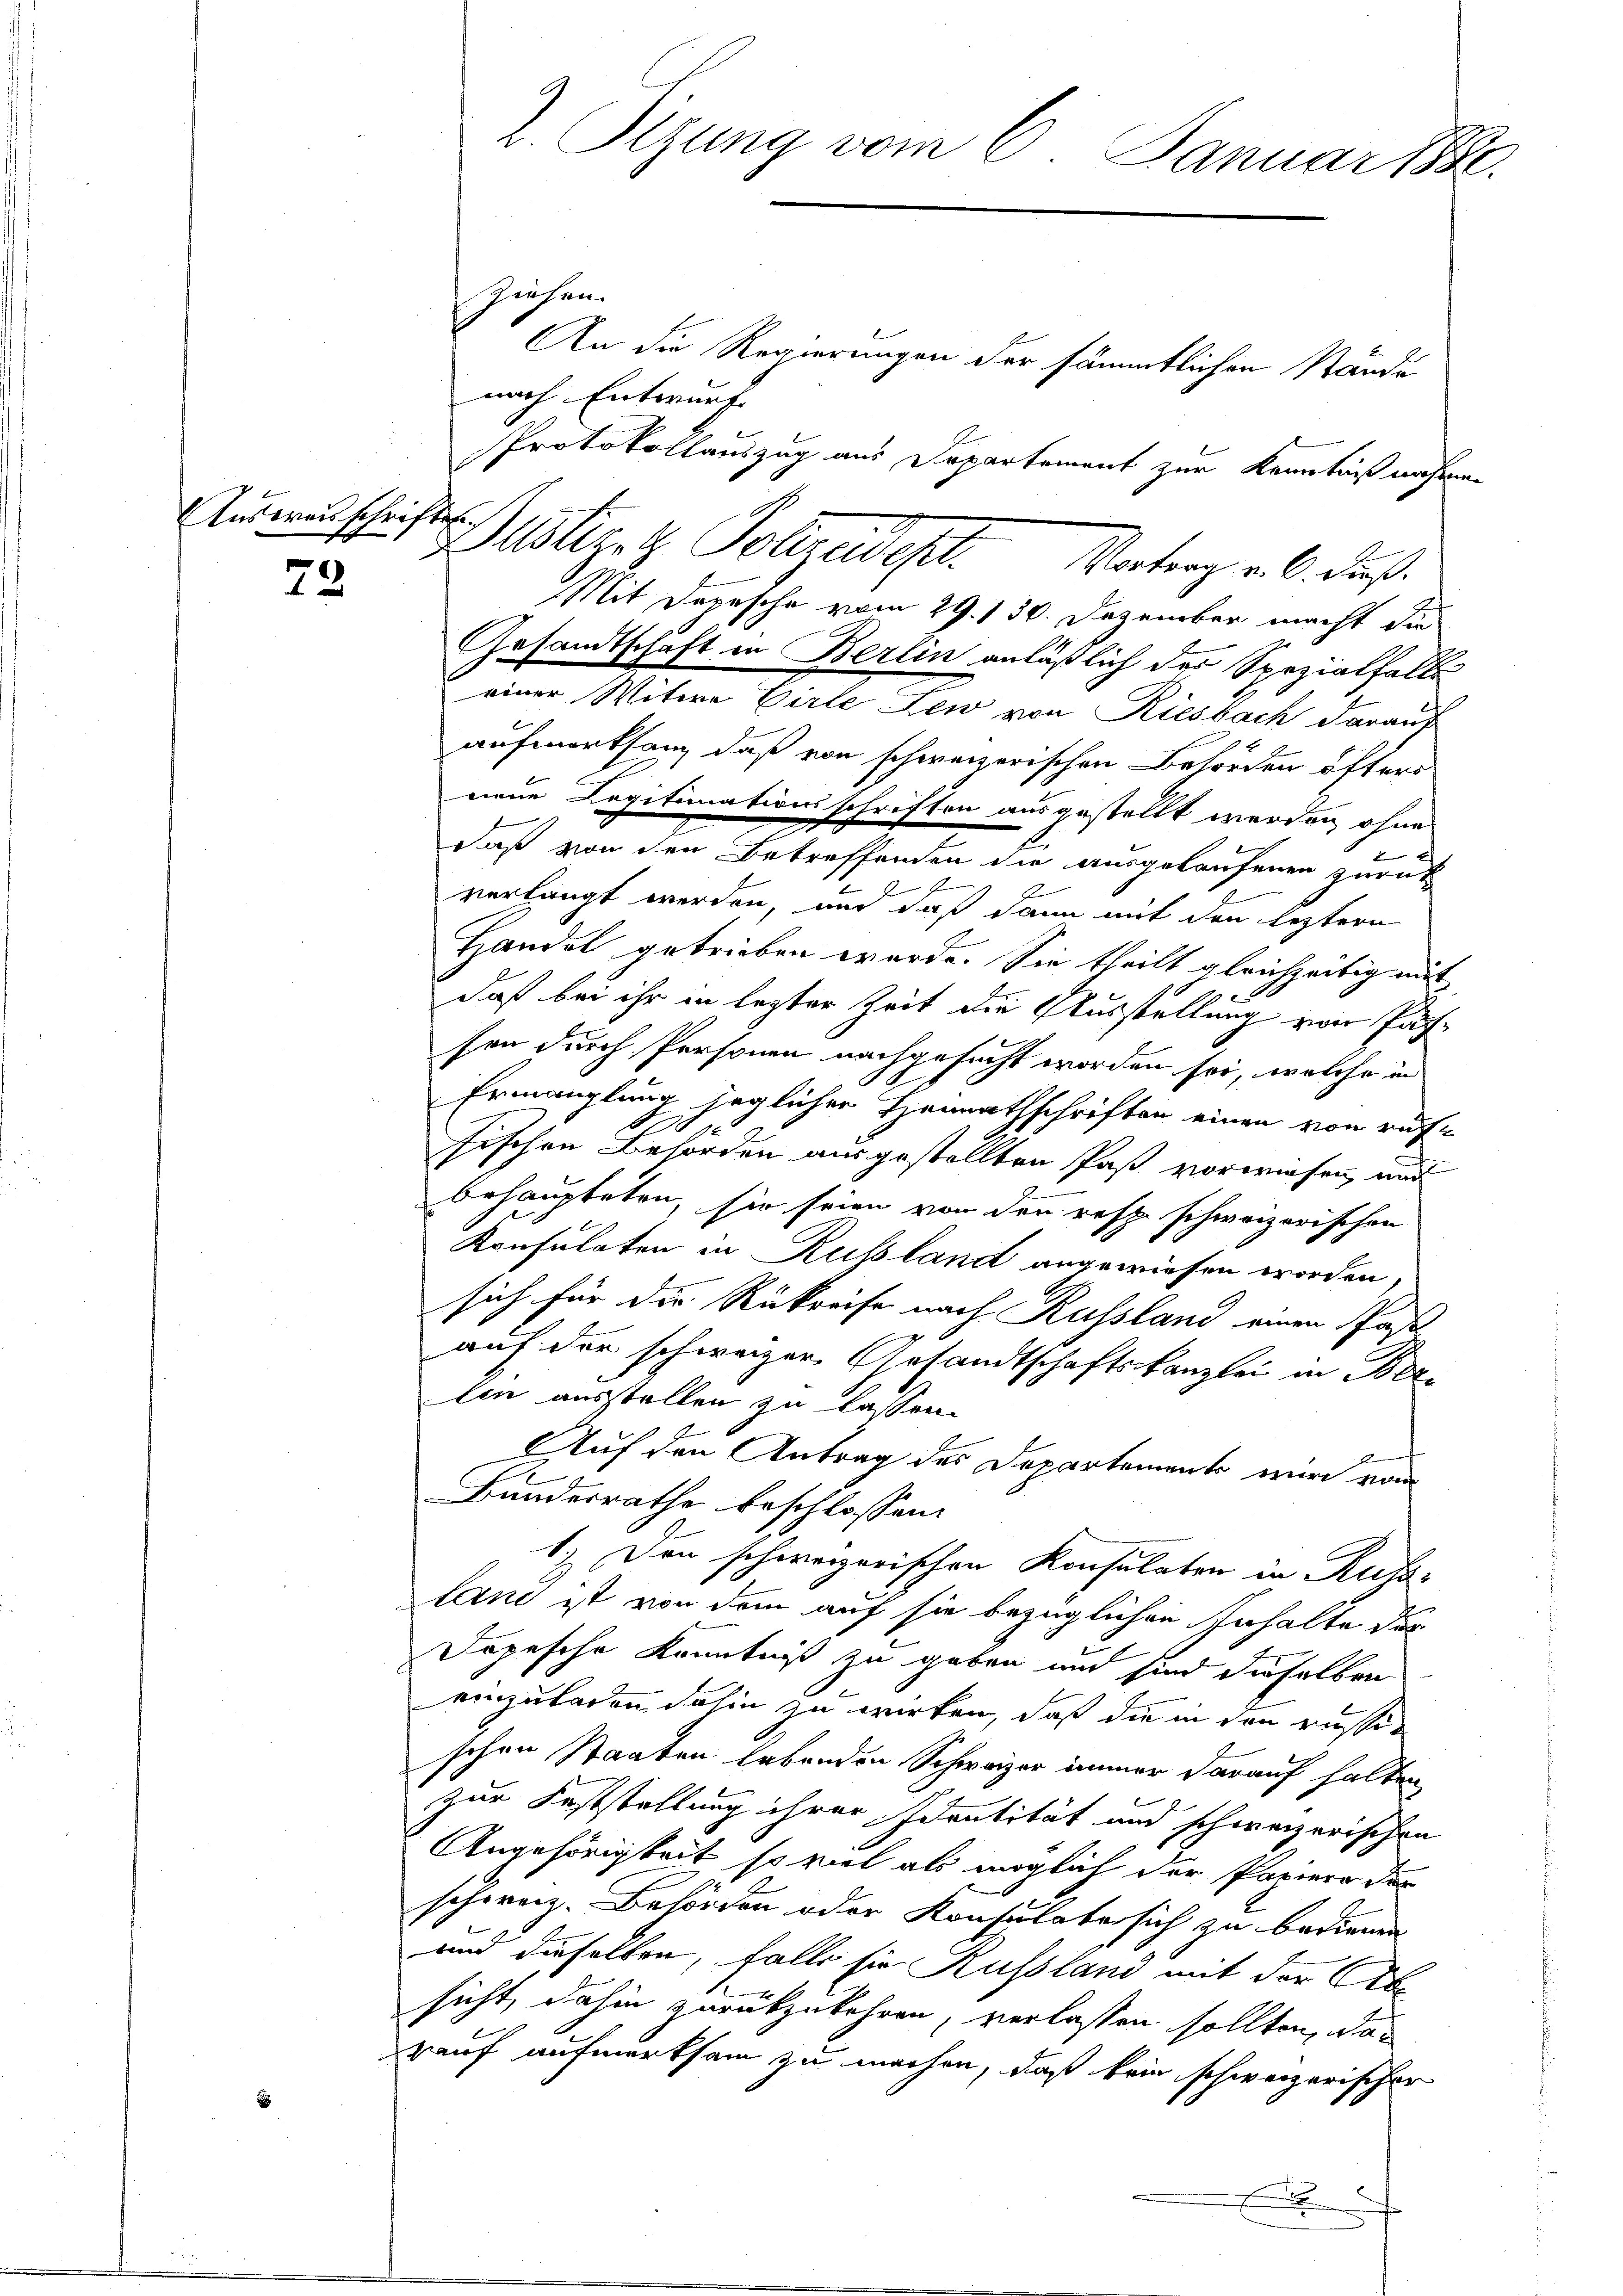
Ausweisschriften

72

2. Sizung vom 6. Januar 1886.

Ziehen.
An die Regierungen der sämmtlichen Stande
nach Entwurf.
Protokollauszug aus Departement zur Kenntniß nahmen
Mit Depesche vom 29. 130. Dezember macht die
Gesandtschaft in Berlin anläßlich der Spezialfalls
einer Witwe Cirle Lew von Riesbach daraus
aufmerksam, daß von schweizerischen Behörden öfters
nene Legitimationsschriften ausgestellt werden, ohne
daß von den Betreffenden die ausgelaufenen zurück
x
verlangt werden, und daß dann mit den leztere
Handel getrieben wurde. Sie theilt gleichzeitig mit
daß bei ihr in lezter Zeit die Ausstellung von Passen durch Personen nachgesucht worden sei, welche in
Ermanglung jeglicher Heimathschriften einen von rufe
s
sischen Behörden ausgestellten Paß vorwiesen, und
behaupteten, sie seien von den resp. schweizerischen
Konsulaten in Russland angewiesen worden,
sich für die Rückreise nach Russland einen Past
g
auf der schweizer Gesandtschaftskanzlei in Ber
lin ausstellen zu lassen.
Auf den Antrag des Departements wird vom
Bundesrathe beschlossen:
1.) Den schweizerischen Konsulaten in Ruhe
land ist von dem auf sie bezüglichen Inhalte der
Dopesche Kenntniß zu geben und sind dieselben
einzuladen dahin zu wirken, daß die in den russischen Staaten lebenden Schweizer immer darauf halten
zur Feststellung ihrer Identität und schweizerischen
Angehörigkeit so viel als möglich der Papiere der
schweiz. Behörden oder Konsulate sich zu bedienen
und dieselben, falls sie Russland mit der Ab
sicht, dahin zurükzukehren, verlassen sollten, das
rauf aufmerksam zu machen, daß kein schweizerischer
x

Sublizit Polizeidest. Vater u. 6. daß